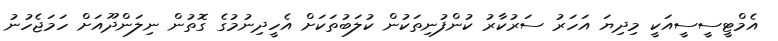
އެމްޓީސީސީއަކީ މިދިޔަ އަހަރު ސަރުކާރު ކުންފުނިތަކުން ކުލަބުތަކަށް އެހީދިނުމުގެ ގޮތުން ނިލަންދޫއަށް ހަމަޖެހުނު